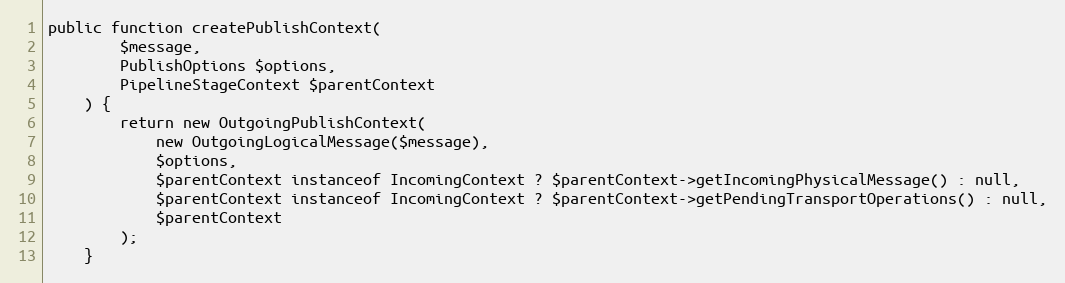
Language: PHP
public function createPublishContext(
        $message,
        PublishOptions $options,
        PipelineStageContext $parentContext
    ) {
        return new OutgoingPublishContext(
            new OutgoingLogicalMessage($message),
            $options,
            $parentContext instanceof IncomingContext ? $parentContext->getIncomingPhysicalMessage() : null,
            $parentContext instanceof IncomingContext ? $parentContext->getPendingTransportOperations() : null,
            $parentContext
        );
    }